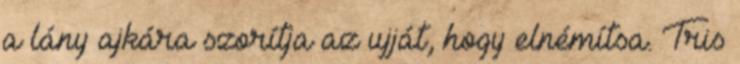
a lány ajkára szorítja az ujját, hogy elnémítsa. Tris